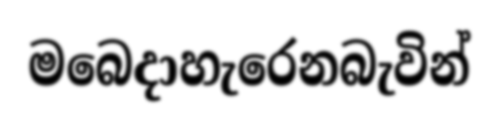
මබෙදාහැරෙනබැවින්